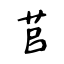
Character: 苢